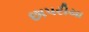
છાપરીયા